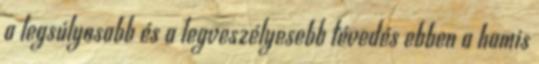
a legsúlyosabb és a legveszélyesebb tévedés ebben a hamis